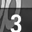
Digit: 3